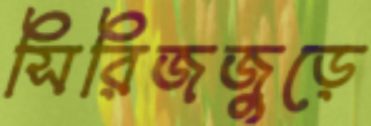
সিরিজজুড়ে